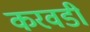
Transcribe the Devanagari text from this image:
करवडी